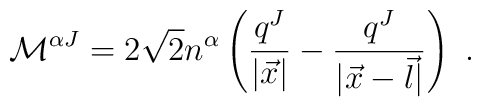
{\cal M}^{\alpha J }= 2 \sqrt 2 n^\alpha \left( \frac{q ^J }{|\vec x|}   -\frac{q ^J }{|\vec x-\vec l |} \right) \ .